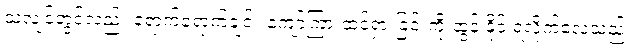
သံလျင်တွင်လည်း ရောက်ရောက်ချင်း ကျော်ကြားထင်ရှားခြင်းကို ထွန်းနိုင် ရလိုက်လေသည်။